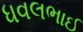
ધવલભાઈ